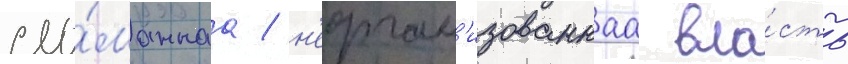
сло́маннаа / н'еорган'изованнаа вла́сть